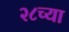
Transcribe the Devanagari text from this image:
२८च्या